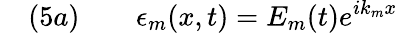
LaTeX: \quad(5a)\qquad\epsilon_{m}(x,t)=E_{m}(t)e^{ik_{m}x}